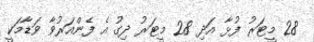
28 މީޓަރު ފުޅާ އަދި 28 މީޓަރު ދިގު އެ ފެންއަރުވާ ވަޑާމަކީ